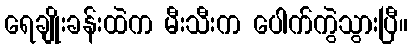
ရေချိုးခန်းထဲက မီးသီးက ပေါက်ကွဲသွားပြီ။